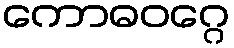
ကောဓဝဂ္ဂေ